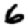
Digit: 6